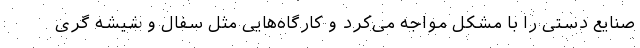
صنایع دستی را با مشکل مواجه می‌کرد و کارگاه‌هایی مثل سفال و شیشه گری